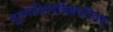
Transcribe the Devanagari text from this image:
गुरुगोविन्दसिंहचरितम्